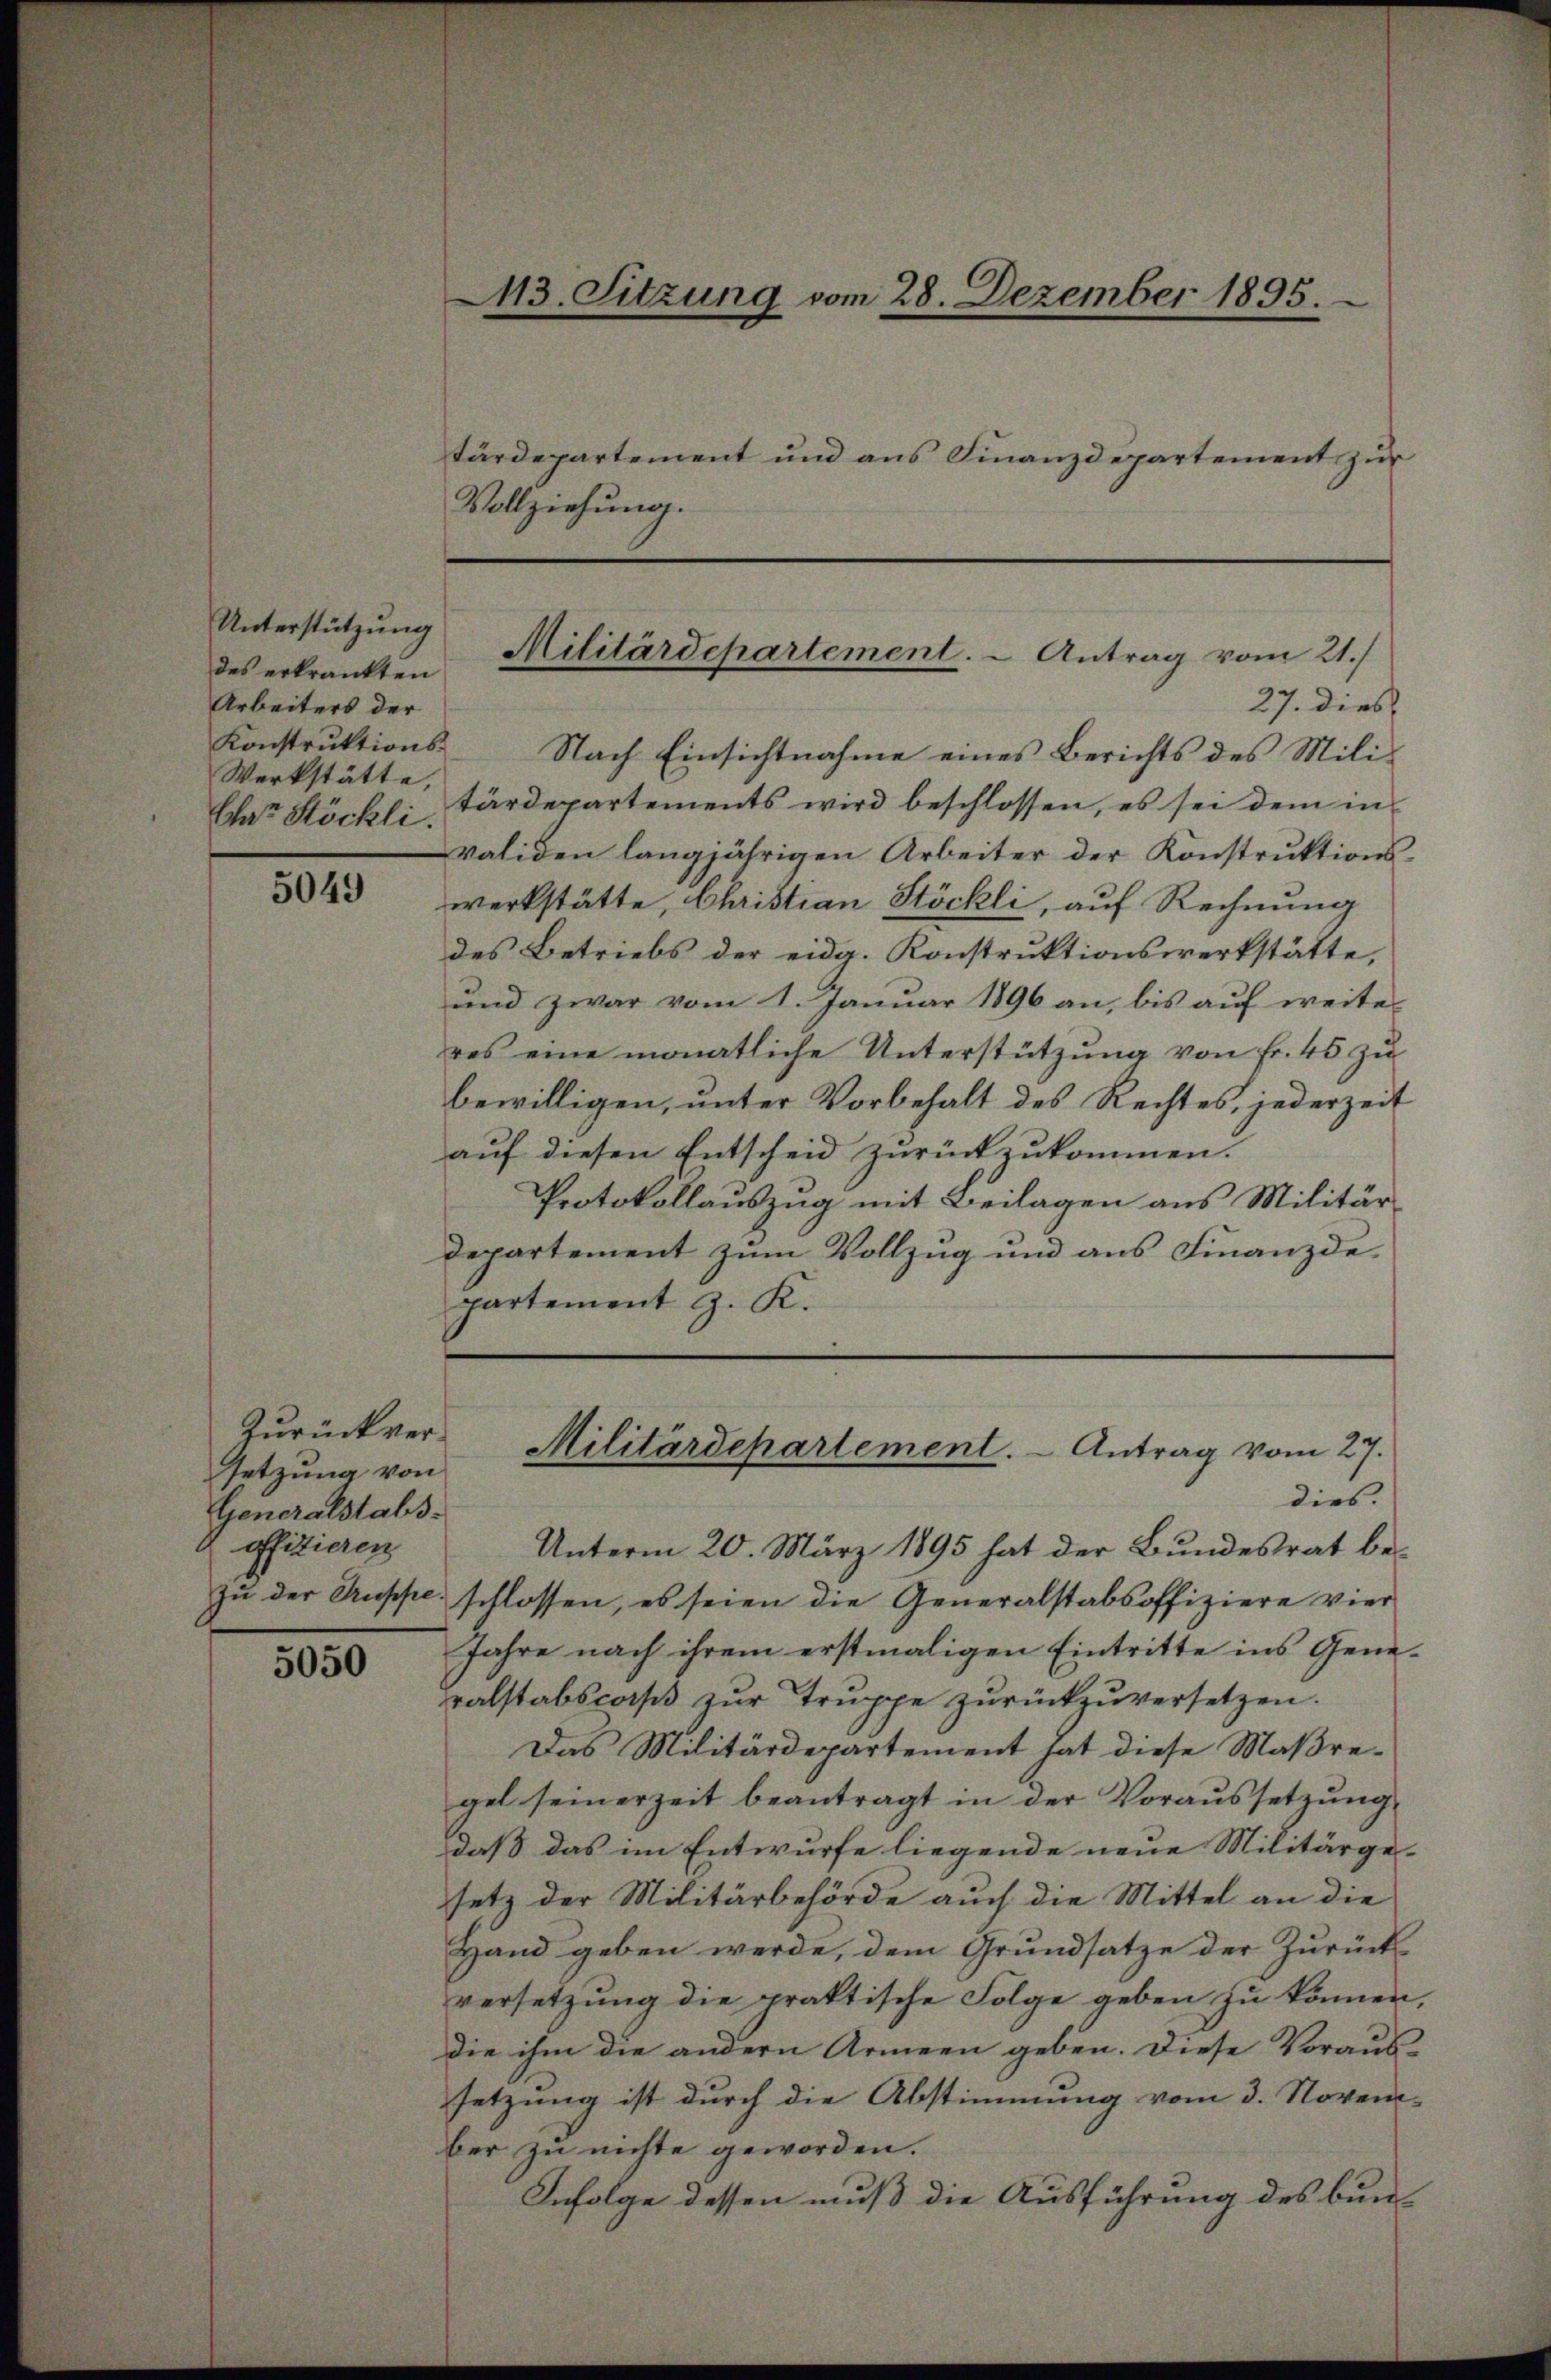
5049

Zurückversetzung von
Generalstabsoffizieren

5050

Unterstützung
des erkränkten
Arbeiters der
Konstruktions-
Werkstätte,
Chat Stöckli

Vollziehung.

113. Sitzung vom 28. Dezember 1895.
tärdepartement und aus Finanzdepartement zur

27. dies
Nach Einsichtnahme eines Berichts des Militärdepartements wird beschlossen, es sei dem in
validen langjährigen Arbeiter der Konstrŭktions-
werkstätte, Christian Stöckli, auf Rechnung
des Betriebs der eidg. Konstruktionswerkstätte,
und zwar vom 1. Januar 1896 an, bis aŭf weiter
res eine monatliche Unterstützung von Fr. 45 zu
bewilligen, unter Vorbehalt des Rechtes, jederzeit
auf diesen Entscheid zurückzukommen.
Protokollauszug mit Beilagen aus Militär
departement zum Vollzug und aus Finanzdepartement z. K.

Militärdepartement. - Antrag vom 21./

Militärdepartement. - Antrag vom 27.

dies.
Unterm 20. März 1895 hat der Bundesrat be¬
Zu der Truppe schlossen, es seien die Generalstabsoffiziere vier
Jahre nach ihrem erstmaligen Eintritte ins Generalstabscorps zŭr Truppe zurückzuversetzen.
Das Militärdepartement hat diese Maßregel seinerzeit beantragt in der Voraŭssetzŭng
daß das im Entwurfe liegende neue Militärge-
setz der Militärbehörde auch die Mittel an die
Hand geben werde, dem Grundsatze der Zurück
versetzung die praktische Folge geben zu können,
die ihm die andern Armeen geben. Diese Voraus-
setzung ist durch die Abstimmung vom 3. Novem-
ber zu nichte geworden.
Infolge dessen muß die Ausführung des bun